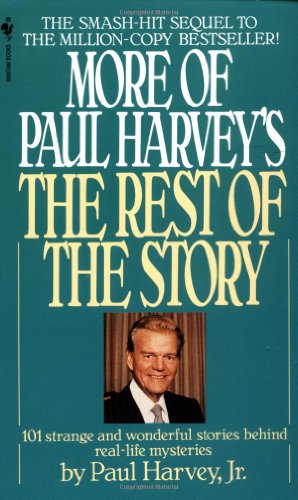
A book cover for More of Paul Harvey's The Rest of the Story; Paul Harvey Jr.; Humor & Entertainment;